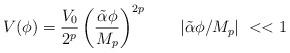
LaTeX: \begin{align*}V(\phi)={V_0 \over 2^p}\left(\tilde{\alpha} \phi \over M_p \right)^{2p}~~~~~~|\tilde{\alpha} \phi/M_p|~<<1\end{align*}